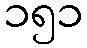
၁၅၁